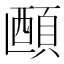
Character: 𬱅